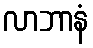
လာဘာနံ